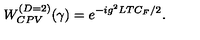
W _ { C P V } ^ { ( D = 2 ) } ( \gamma ) = e ^ { - i g ^ { 2 } L T C _ { F } / 2 } .